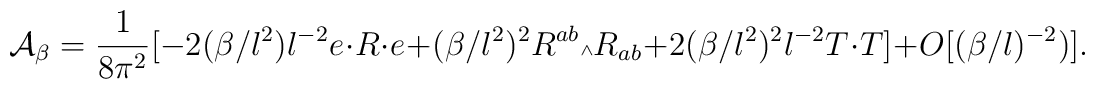
{\cal A}_{\beta} = \frac{1}{8{\pi}^2}[-2(\beta/l^2)l^{-2}e\cdot R\cdot e + (\beta/l^2)^2 R^{ab}{\mbox{\tiny $\wedge$}}R_{ab} + 2(\beta/l^2)^2 l^{-2} T\cdot T] + O[(\beta/l)^{-2})].